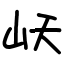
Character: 岆